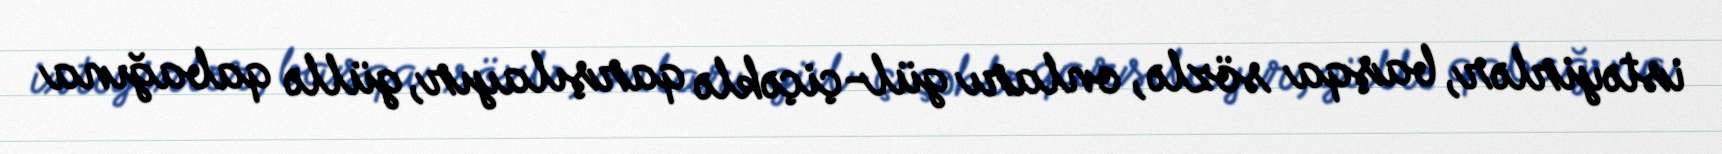
istəyirlər, başqa sözlə, onları gül-çiçəklə qarşılayır, güllə qabağına